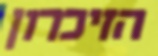
הזיכרון